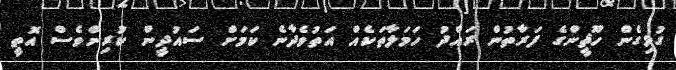
ގުޅިގެން ހޫޘީންގެ ފަރާތުން ރައްދު ހަމަލާތަކެއް އަތުވެދާނެ ކަމަށް ސައުދީން ކުރިންވެސް އޮތީ